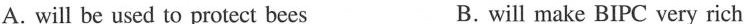
A. will be used to protect bees B.will make BIPC very rich